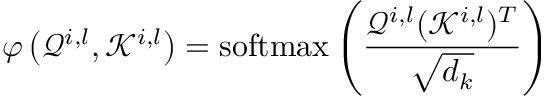
\varphi \left( \mathcal { Q } ^ { i , l } , \mathcal { K } ^ { i , l } \right) = \operatorname { s o f t m a x } \left( \frac { \mathcal { Q } ^ { i , l } ( \mathcal { K } ^ { i , l } ) ^ { T } } { \sqrt { d _ { k } } } \right)